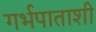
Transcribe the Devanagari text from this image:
गर्भपाताशी